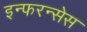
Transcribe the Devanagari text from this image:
इन्फरन्सेस